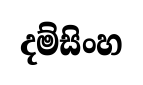
දම්සිංහ